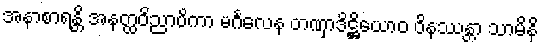
အနာစာရန္တိ အနတ္ထဝိညာပိကာ မင်္ဂလေန တဏှာဒိဋ္ဌိယောဝ ဝိနဿန္တာ သာမိနိ